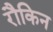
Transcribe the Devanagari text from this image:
रौकिन